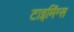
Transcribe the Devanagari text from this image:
टाइमिंग्स